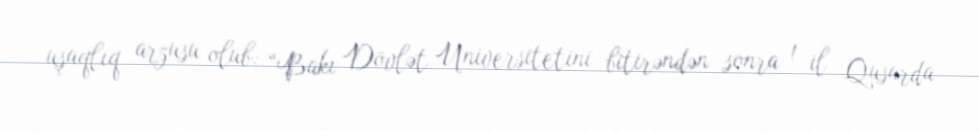
uşaqlıq arzusu olub: “Bakı Dövlət Universitetini bitirəndən sonra 1 il Qusarda